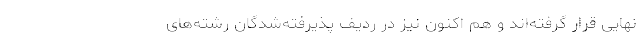
نهایی قرار گرفته‌اند و هم اکنون نیز در ردیف پذیرفته‌شدگان رشته‌های